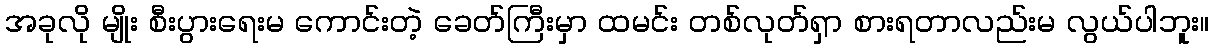
အခုလို မျိုး စီးပွားရေးမ ကောင်းတဲ့ ခေတ်ကြီးမှာ ထမင်း တစ်လုတ်ရှာ စားရတာလည်းမ လွယ်ပါဘူး။